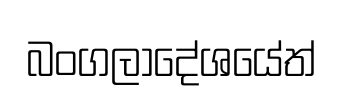
බංගලාදේශයේත්